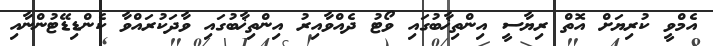
އެމްވީ ކުރިޔަށް އޮތް ރިޔާސީ އިންތިޚާބުގައި ވޯޓު ދެއްވާއިރު އިންތިޚާބުގައި ވާދަކުރައްވާ ކެންޑިޑޭޓުންނާއި